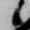
候